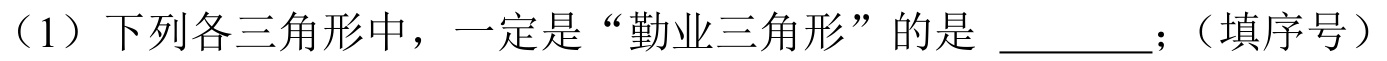
（1）下列各三角形中，一定是“勤业三角形”的是 ________；（填序号）